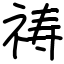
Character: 祷